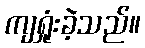
ကျရှုံးခဲ့သည်။